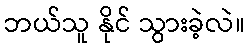
ဘယ်သူ နိုင် သွားခဲ့လဲ။